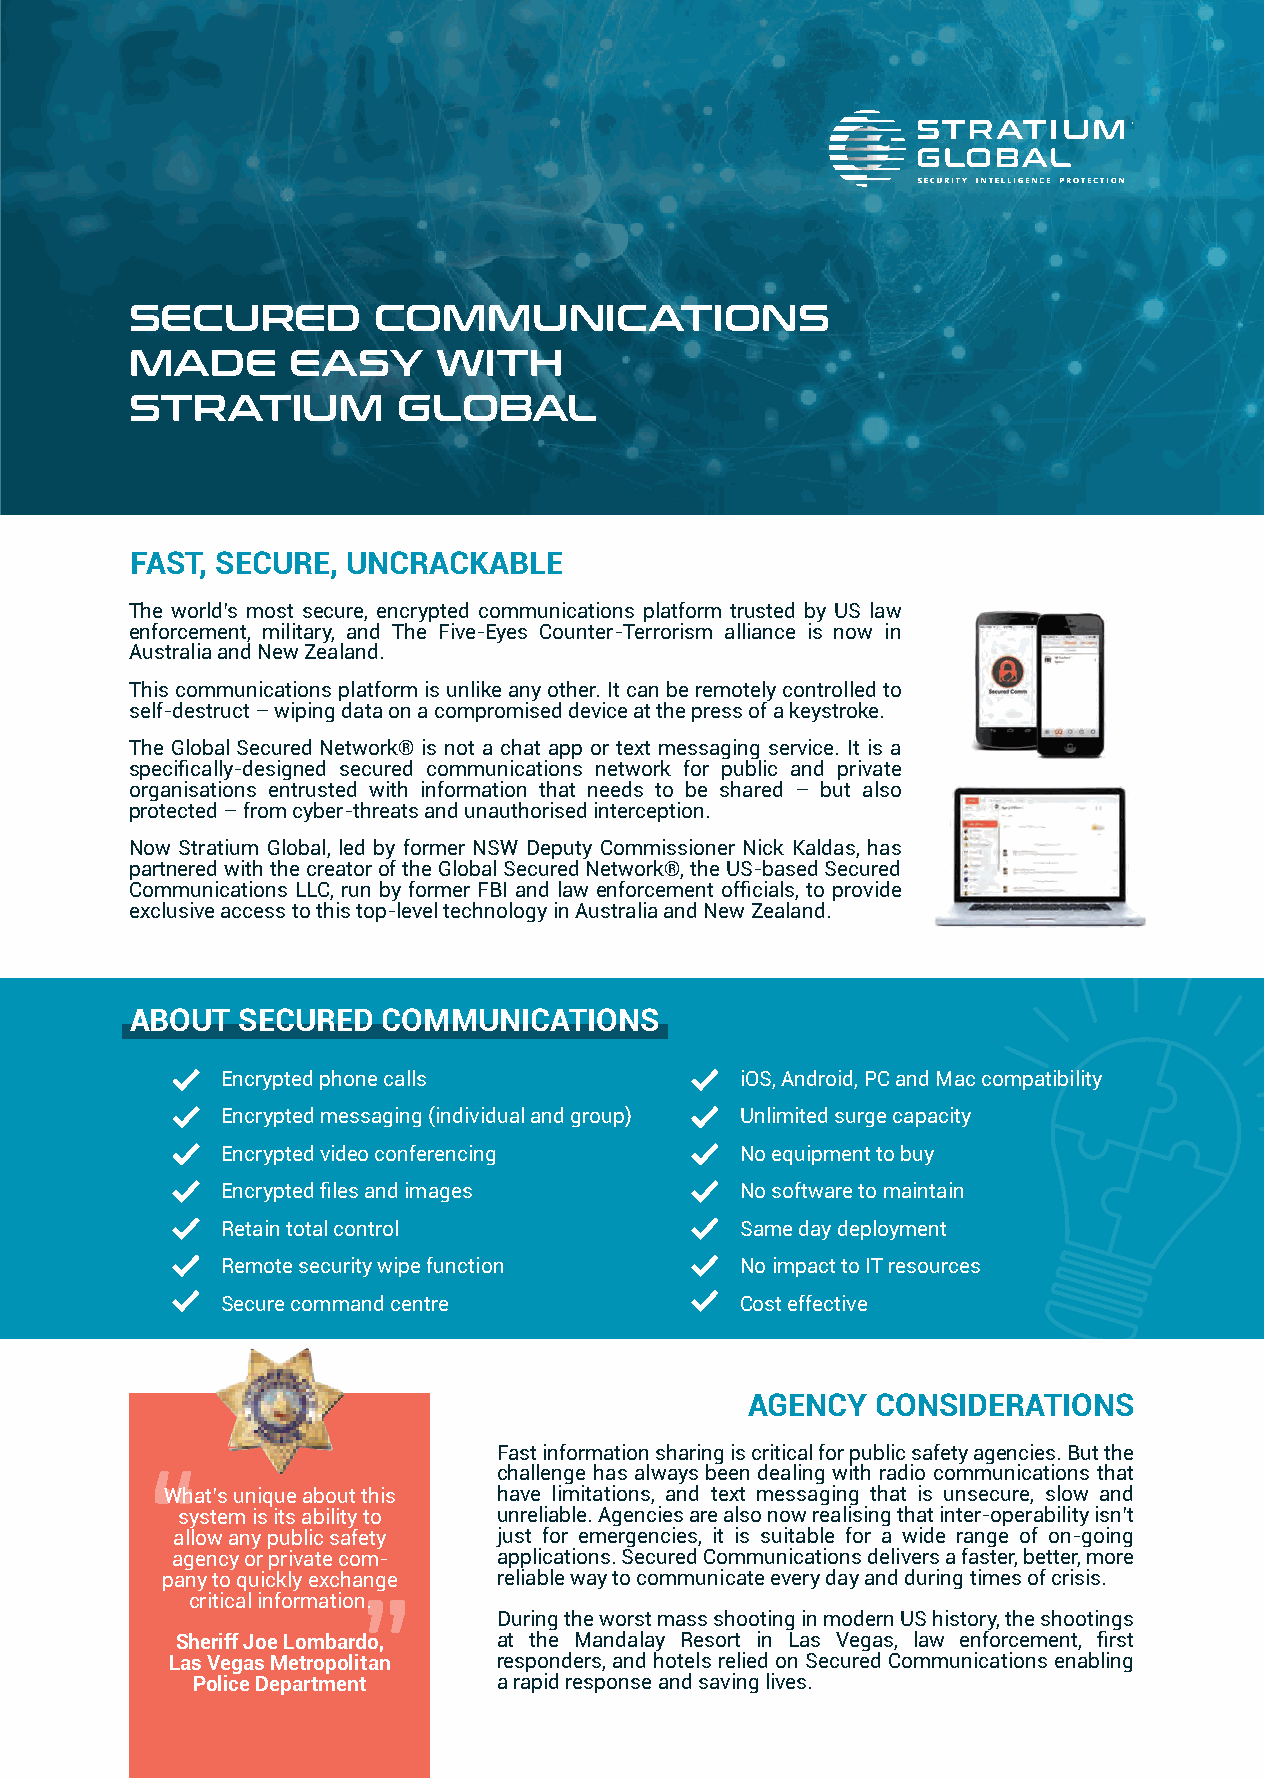
SECURED         COMMUNICATIONS
 MADE      EASY      WITH
 STRATIUM         GLOBAL
 FAST, SECURE, UNCRACKABLE
 The world’s most secure, encrypted communications platform trusted by US law
 enforcement, military, and The Five-Eyes Counter-Terrorism alliance is now in
 Australia and New Zealand.
 This communications platform is unlike any other. It can be remotely controlled to
 self-destruct – wiping data on a compromised device at the press of a keystroke.
 The Global Secured Network® is not a chat app or text messaging service. It is a
 specifically-designed secured communications network for public and private
 organisations entrusted with information that needs to be shared – but also
 protected – from cyber-threats and unauthorised interception.
 Now Stratium Global, led by former NSW Deputy Commissioner Nick Kaldas, has
 partnered with the creator of the Global Secured Network®, the US-based Secured
 Communications LLC, run by former FBI and law enforcement officials, to provide
 exclusive access to this top-level technology in Australia and New Zealand.
 ABOUT  SECURED  COMMUNICATIONS
 Encrypted phone calls             iOS, Android, PC and Mac compatibility
 Encrypted messaging (individual and group) Unlimited surge capacity
 Encrypted video conferencing      No equipment to buy
 Encrypted files and images        No software to maintain
 Retain total control              Same day deployment
 Remote security wipe function     No impact to IT resources
 Secure command centre             Cost effective
 AGENCY  CONSIDERATIONS
 Fast information sharing is critical for public safety agencies. But the
 challenge has always been dealing with radio communications that
 “
 What’s unique about this have limitations, and text messaging that is unsecure, slow and
 system is its ability to unreliable. Agencies are also now realising that inter-operability isn’t
 allow any public safety just for emergencies, it is suitable for a wide range of on-going
 agency or private com- applications. Secured Communications delivers a faster, better, more
 pany to quickly exchange reliable way to communicate every day and during times of crisis.
 critical information.
 ”
 During the worst mass shooting in modern US history, the shootings
 Sheriff Joe Lombardo, at the Mandalay Resort in Las Vegas, law enforcement, first
 Las Vegas Metropolitan responders, and hotels relied on Secured Communications enabling
 Police Department   a rapid response and saving lives.